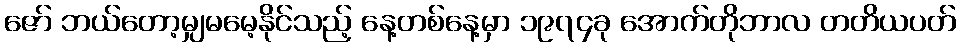
ဇော် ဘယ်တော့မျှမမေ့နိုင်သည့် နေ့တစ်နေ့မှာ ၁၉၇၄ခု အောက်တိုဘာလ တတိယပတ်